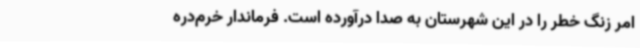
امر زنگ خطر را در این شهرستان به صدا درآورده است. فرماندار خرم‌دره